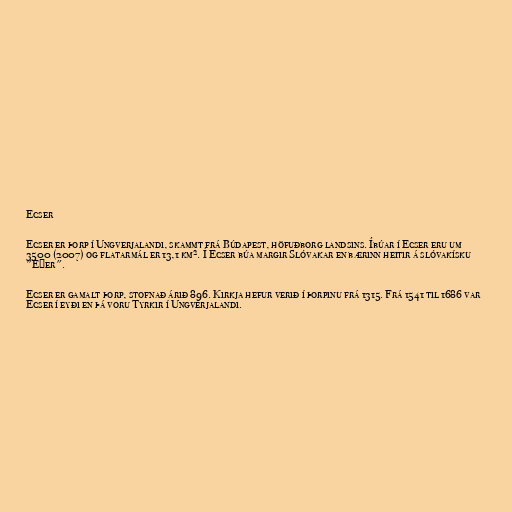
Ecser

Ecser er þorp í Ungverjalandi, skammt frá Búdapest, höfuðborg landsins. Íbúar í Ecser eru um
3500 (2007) og flatarmál er 13,1 km². Í Ecser búa margir Slóvakar en bærinn heitir á slóvakísku
"Ečer".

Ecser er gamalt þorp, stofnað árið 896. Kirkja hefur verið í þorpinu frá 1315. Frá 1541 til 1686 var
Ecser í eyði en þá voru Tyrkir í Ungverjalandi.